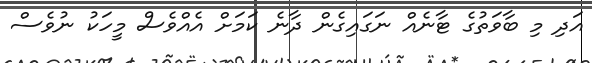
އަދި މި ބާވަތުގެ ޓާނެއް ނަގައިގެން ދާނެ ކަމަށް އެއްވެސް މީހަކު ނުވެސް